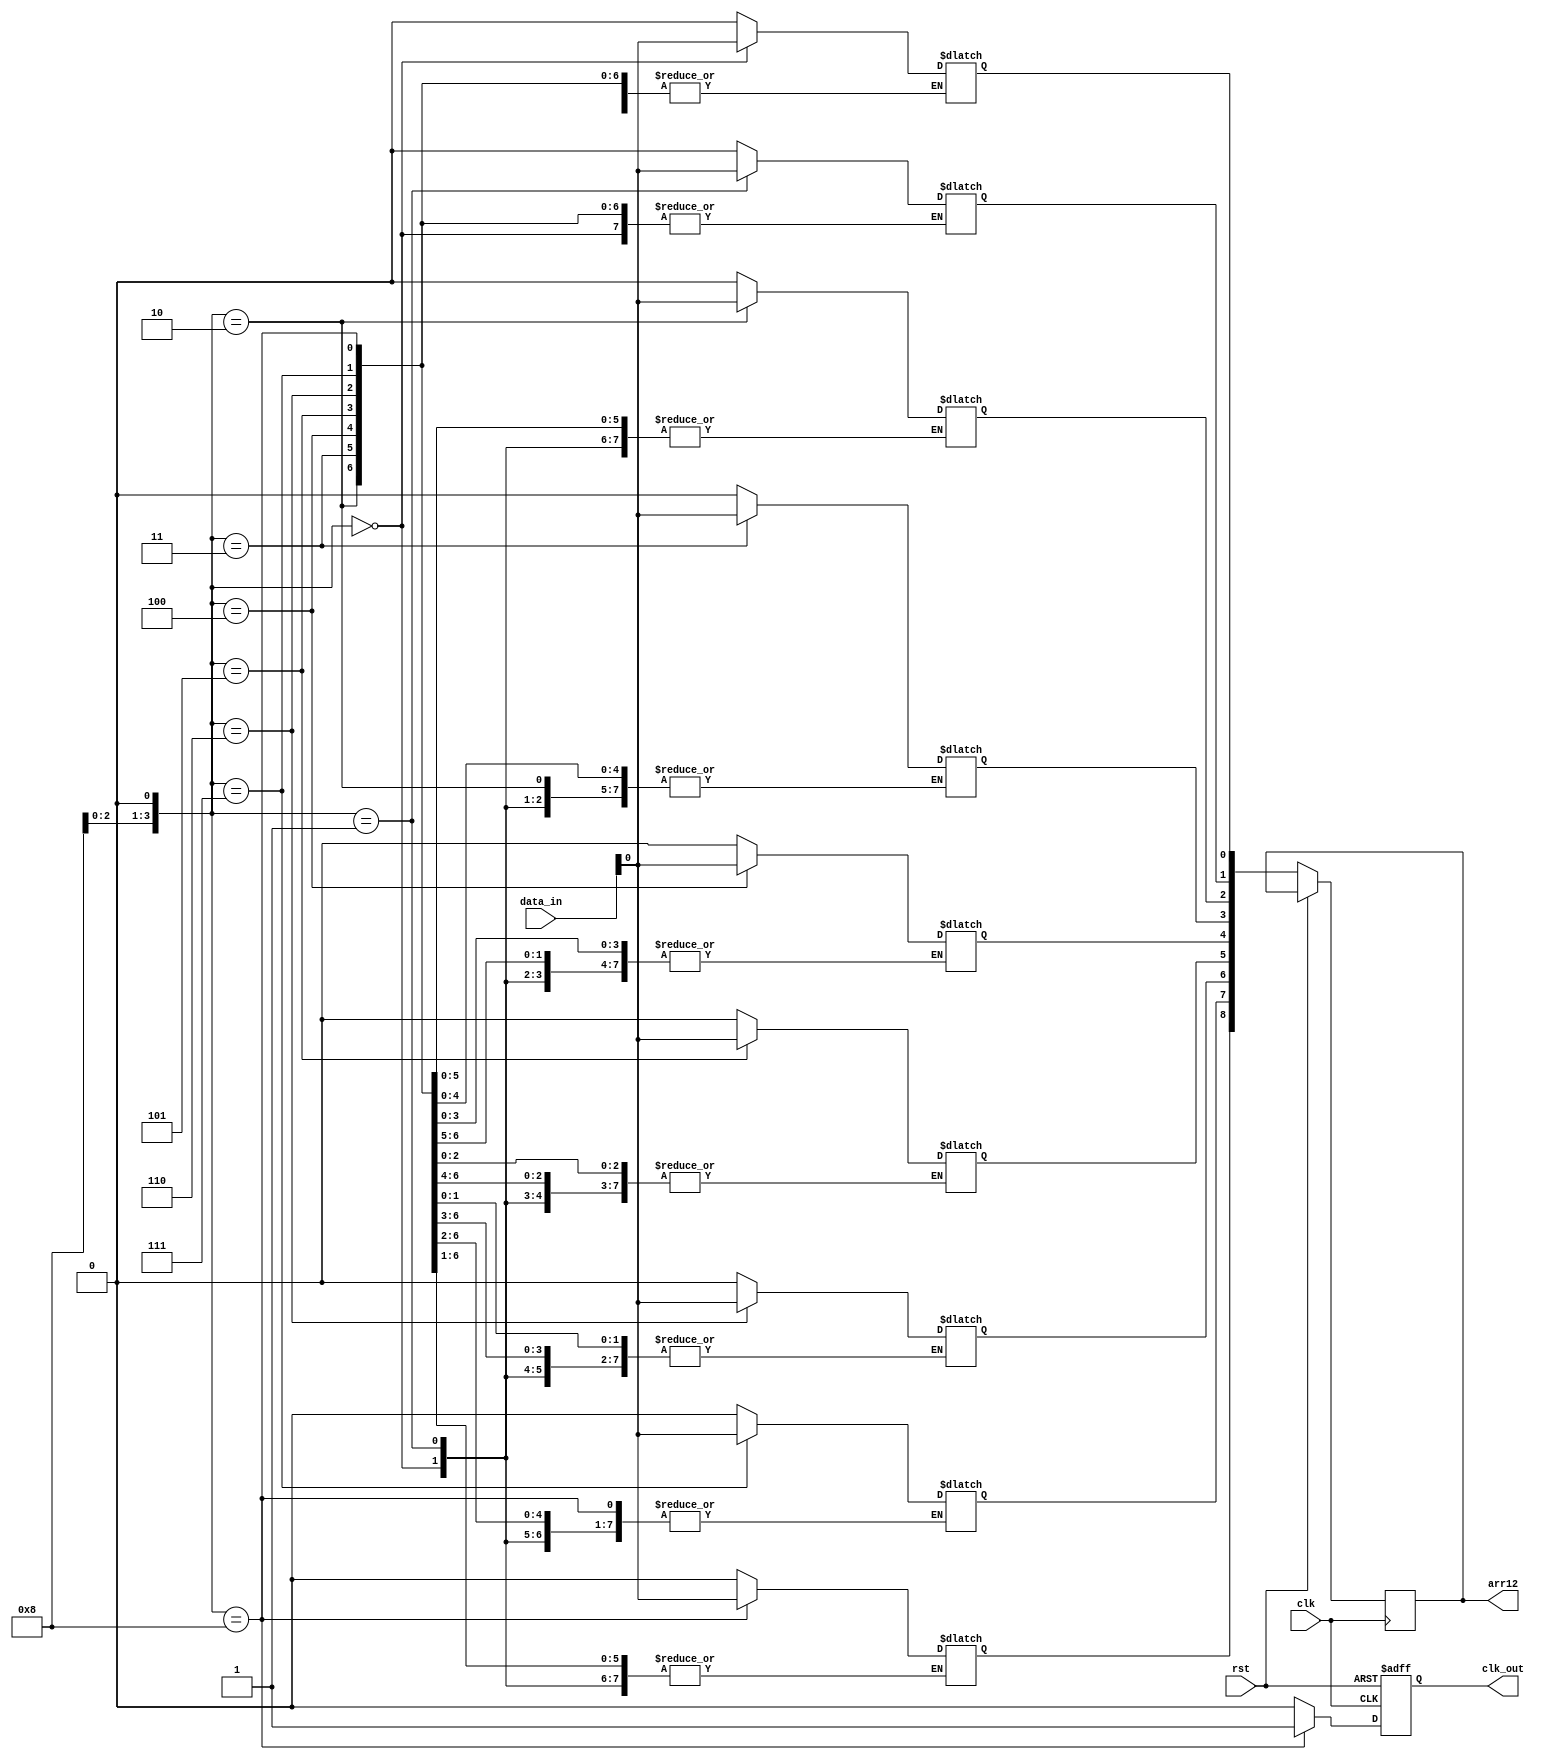
// data from DRAM to block Filter_Medium
module dt_filter
	(
		input wire clk,
		input wire rst,
		input wire [7:0] data_in,
		output reg clk_out,
		output reg [71:0] arr12 // 9 element x 8bit =  72
	);
	localparam [3:0] c0 = 4'b0000,                                           
                     c1 = 4'b0001,                       
                     c2 = 4'b0010,                                           
                     c3 = 4'b0011,                       
                     c4 = 4'b0100,
                     c5 = 4'b0101, 
                     c6 = 4'b0110, 
                     c7 = 4'b0111,                                            
                     c8 = 4'b1000;                                             
  reg [3:0] c_reg, c_next;
  reg clk_reg;
  reg [71:0] arr12_reg ;

  always @(posedge clk or posedge rst) begin
    if (rst) begin
      clk_out <= 1'b0;
      c_next <= c0;
    end
    else begin
      c_next <= c_reg;
      clk_out <= clk_reg;  
      arr12 <= arr12_reg;
    end
  end
  
  always @(*)
    case (c_reg)
      c0: begin
       		c_next = c1;
       		arr12_reg[0] = data_in;
       		clk_reg = 1'b0;
        end
      c1: begin
        	c_next = c2;
        	arr12_reg[1] = data_in;
        	clk_reg = 1'b0;
        end
      c2: begin
       		c_next = c3;
       		arr12_reg[2] = data_in;
       		clk_reg = 1'b0;
        end
      c3: begin
        	c_next = c4;
        	arr12_reg[3] = data_in;
        	clk_reg = 1'b0;
        end
      c4: begin
       		c_next = c5;
       		arr12_reg[4] = data_in;
       		clk_reg = 1'b0;
        end
      c5: begin
        	c_next = c6;
       		arr12_reg[5] = data_in;
       		clk_reg = 1'b0;
        end
      c6: begin
        	c_next = c7;
       		arr12_reg[6] = data_in;
       		clk_reg = 1'b0;
        end
      c7: begin
	        c_next = c8;
	       	arr12_reg[7] = data_in;
	       	clk_reg = 1'b0;
        end
      c8: begin
       		c_next = c0;
       		arr12_reg[8] = data_in;
       		clk_reg = 1'b1;
        end
      default : begin
        	c_next = c0;
       		arr12_reg [8:0] = 8'b0;
       		clk_reg = 1'b0;
        end
    endcase
endmodule